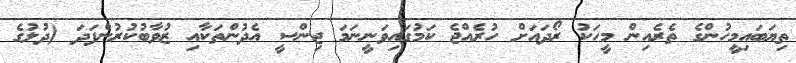
ތިޔަބައިމީހުންގެ ތެރެއިން މީހަކު ރޯދައަށް ހުރެއްޖެ ކަމުގައިވަނީނަމަ ޖިންސީ އެދުންތަކާއި ޒުވާބުކުރުންފަދަ (ދުލުގެ